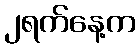
၂ရက်နေ့က